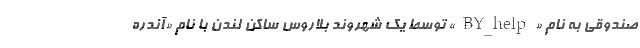
صندوقی به نام «BY_help» توسط یک شهروند بلاروس ساکن لندن با نام «آندره